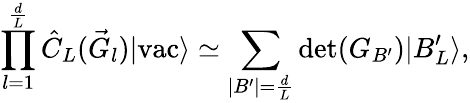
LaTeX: \prod_{l=1}^{\frac{d}{L}}\hat{C}_{L}(\vec{G}_{l})|\textrm{vac}\rangle\simeq\sum_{|B^{\prime}|=\frac{d}{L}}\textrm{det}(G_{B^{\prime}})|B_{L}^{\prime}\rangle,